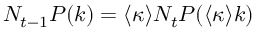
N _ { t - 1 } P ( k ) = \langle \kappa \rangle N _ { t } P ( \langle \kappa \rangle k )